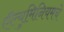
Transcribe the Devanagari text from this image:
ऍल्युमिनियमचे